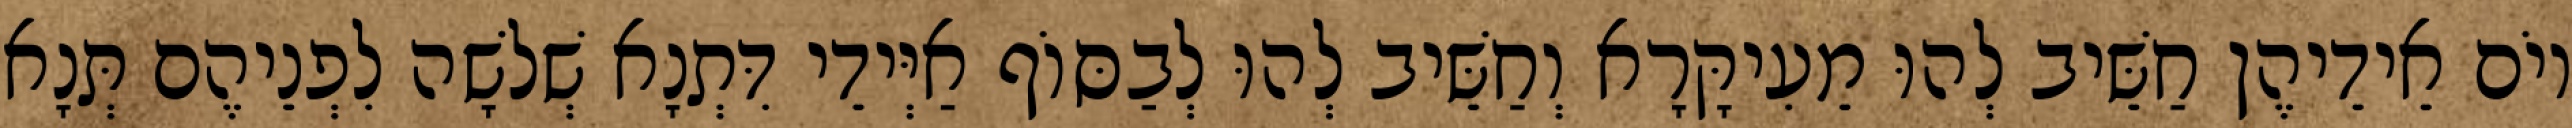
יוֹם אֵידֵיהֶן חַשֵּׁיב לְהוּ מֵעִיקָּרָא וְחַשֵּׁיב לְהוּ לְבַסּוֹף אַיְּידֵי דִּתְנָא שְׁלֹשָׁה לִפְנֵיהֶם תְּנָא